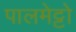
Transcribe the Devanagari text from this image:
पालमेट्टो